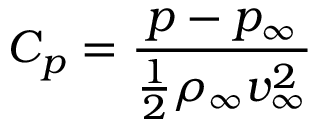
C _ { p } = \frac { p - p _ { \infty } } { \frac { 1 } { 2 } \rho _ { \infty } v _ { \infty } ^ { 2 } }